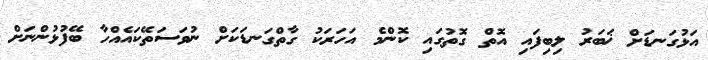
އަޅުގަނޑަށް ޚަބަރު ލިބިފައި އޮތް ގޮތުގައި ކޮންމެ އަހަރަކު ގާތްގަނޑަކަށް ނުވަސަތޭކައެއްހާ ބޭފުޅުންނަށް